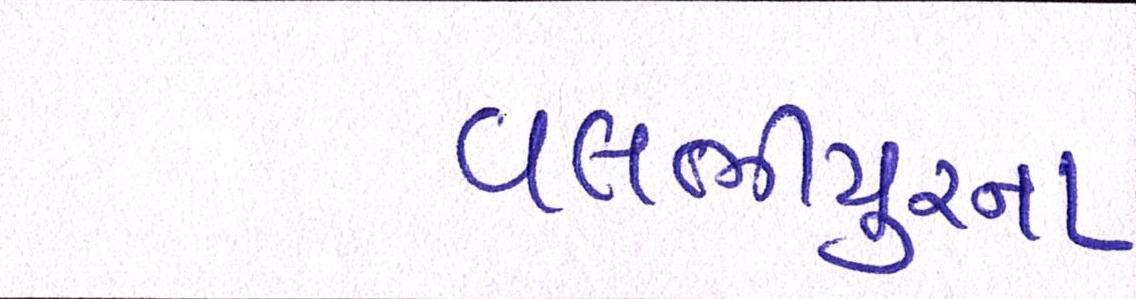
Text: વલભીપુરના